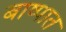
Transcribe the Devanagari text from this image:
बाष्पात